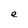
Character: e